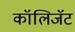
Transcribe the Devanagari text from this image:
कॉलिजॅट